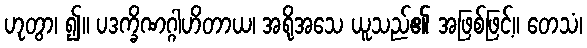
ဟုတွာ၊ ၍။ ပဒက္ခိဏဂ္ဂါဟိတာယ၊ အရိုအသေ ယူသည်၏ အဖြစ်ဖြင့်။ တေသံ၊